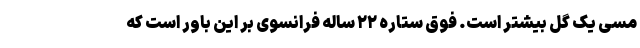
مسی یک گل بیشتر است. فوق ستاره ۲۲ ساله فرانسوی بر این باور است که